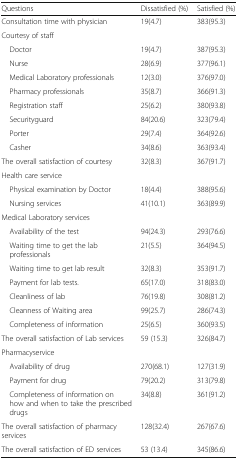
| Questions | Dissatisfied (%) | Satisfied (%) |
 | --- | --- | --- |
 | Consultation time with physician | 19(4.7) | 383(95.3) |
 | <COLSPAN=3> Courtesy of staff |
 | Doctor | 19(4.7) | 387(95.3) |
 | Nurse | 28(6.9) | 377(96.1) |
 | Medical Laboratory professionals | 12(3.0) | 376(97.0) |
 | Pharmacy professionals | 35(8.7) | 366(91.3) |
 | Registration staff | 25(6.2) | 380(93.8) |
 | Securityguard | 84(20.6) | 323(79.4) |
 | Porter | 29(7.4) | 364(92.6) |
 | Casher | 34(8.6) | 363(93.4) |
 | The overall satisfaction of courtesy | 32(8.3) | 367(91.7) |
 | <COLSPAN=3> Health care service |
 | Physical examination by Doctor | 18(4.4) | 388(95.6) |
 | Nursing services | 41(10.1) | 363(89.9) |
 | <COLSPAN=3> Medical Laboratory services |
 | Availability of the test | 94(24.3) | 293(76.6) |
 | Waiting time to get the lab professionals | 21(5.5) | 364(94.5) |
 | Waiting time to get lab result | 32(8.3) | 353(91.7) |
 | Payment for lab tests. | 65(17.0) | 318(83.0) |
 | Cleanliness of lab | 76(19.8) | 308(81.2) |
 | Cleanness of Waiting area | 99(25.7) | 286(74.3) |
 | Completeness of information | 25(6.5) | 360(93.5) |
 | The overall satisfaction of Lab services | 59 (15.3) | 326(84.7) |
 | <COLSPAN=3> Pharmacyservice |
 | Availability of drug | 270(68.1) | 127(31.9) |
 | Payment for drug | 79(20.2) | 313(79.8) |
 | Completeness of information on how and when to take the prescribed drugs | 34(8.8) | 361(91.2) |
 | The overall satisfaction of pharmacy services | 128(32.4) | 267(67.6) |
 | The overall satisfaction of ED services | 53 (13.4) | 345(86.6) |